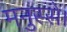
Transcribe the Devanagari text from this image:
मनुस्से।